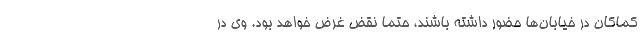
کماکان در خیابان‌ها حضور داشته باشند، حتما نقض غرض خواهد بود. وی در